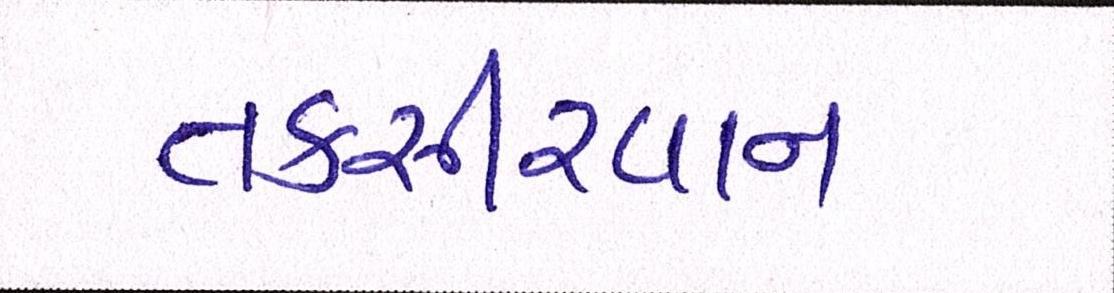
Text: તકસીરવાન